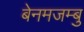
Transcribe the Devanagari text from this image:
बेनमजम्बु